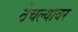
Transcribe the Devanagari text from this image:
ठेचल्यावर